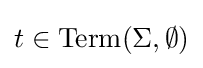
t\in \mathrm {Term} (\Sigma ,\emptyset )